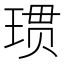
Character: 𪻲